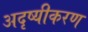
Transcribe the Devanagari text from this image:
अदृष्यीकरण